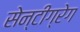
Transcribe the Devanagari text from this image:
सेन्टीग्रेग